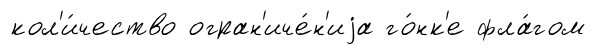
кол'и́чество огран'иче́н'иjа го́нк'е фла́гом